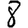
Digit: 8